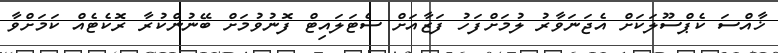
ޚާއްސަ ކެޕްސޫލަކަށް އެޖަނަވާރު ލުމަށްފަހު ފަޒާއަށް ސެޓަލައިޓް ފޮނުވުމަށް ބޭނުންކުރާ ރޮކެޓެއް ކަމަށްވާ